Indian Civil Veterinary Department memoirs
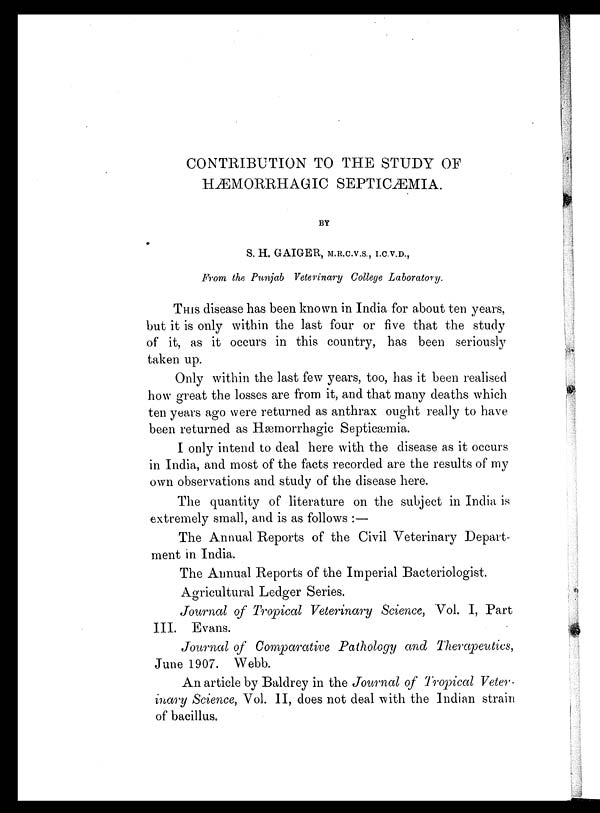
CONTRIBUTION TO THE STUDY OF
HÆMORRHAGIC SEPTICÆMIA.
BY
S. H. GAIGER, M.R.C.V.S., I.C.V.D.,
From the Punjab Veterinary College Laboratory.
THIS disease has been known in India for about ten years,
but it is only within the last four or five that the study
of it, as it occurs in this country, has been seriously
taken up.
Only within the last few years, too, has it been realised
how great the losses are from it, and that many deaths which
ten years ago were returned as anthrax ought really to have
been returned as Hæmorrhagic Septicæmia.
I only intend to deal here with the disease as it occurs
in India, and most of the facts recorded are the results of my
own observations and study of the disease here.
The quantity of literature on the subject in India is
extremely small, and is as follows :—
The Annual Reports of the Civil Veterinary Depart-
ment in India.
The Annual Reports of the Imperial Bacteriologist.
Agricultural Ledger Series.
Journal of Tropical Veterinary Science, Vol. I, Part
III. Evans.
Journal of Comparative Pathology and Therapeutics,
June 1907. Webb.
An article by Baldrey in the Journal of Tropical Veter-
inary Science, Vol. II, does not deal with the Indian strain
of bacillus.